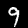
Label: 9